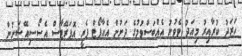
ހަރަދު ކުރާއިރު މިއަދު ވެވުނު އެއްބަސްވުމުގެ ދަށުން އެއާޕޯޓް ފެރީ އޮޕަރޭޓާސް އެސޯސިއޭޝަނުން